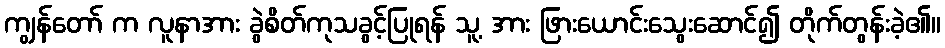
ကျွန်တော် က လူနာအား ခွဲစိတ်ကုသခွင့်ပြုရန် သူ့ အား ဖြားယောင်းသွေးဆောင်၍ တိုက်တွန်းခဲ့၏။